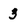
Character: 3